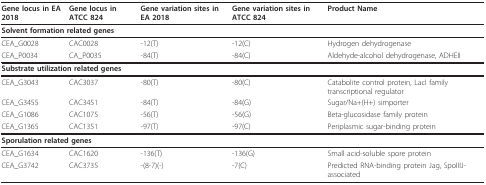
<table><thead><tr><td><b>Gene locus in EA 2018</b></td><td><b>Gene locus in ATCC 824</b></td><td><b>Gene variation sites in EA 2018</b></td><td><b>Gene variation sites in ATCC 824</b></td><td><b>Product Name</b></td></tr></thead><tbody><tr><td colspan="5"><b>Solvent formation related genes</b></td></tr><tr><td>CEA_G0028</td><td>CAC0028</td><td>-12(T)</td><td>-12(C)</td><td>Hydrogen dehydrogenase</td></tr><tr><td>CEA_P0034</td><td>CA_P0035</td><td>-84(T)</td><td>-84(C)</td><td>Aldehyde-alcohol dehydrogenase, ADHEII</td></tr><tr><td colspan="5"><b>Substrate utilization related genes</b></td></tr><tr><td>CEA_G3043</td><td>CAC3037</td><td>-80(T)</td><td>-80(C)</td><td>Catabolite control protein, LacI family transcriptional regulator</td></tr><tr><td>CEA_G3455</td><td>CAC3451</td><td>-84(T)</td><td>-84(G)</td><td>Sugar/Na+(H+) simporter</td></tr><tr><td>CEA_G1086</td><td>CAC1075</td><td>-56(T)</td><td>-56(G)</td><td>Beta-glucosidase family protein</td></tr><tr><td>CEA_G1365</td><td>CAC1351</td><td>-97(T)</td><td>-97(C)</td><td>Periplasmic sugar-binding protein</td></tr><tr><td colspan="5"><b>Sporulation related genes</b></td></tr><tr><td>CEA_G1634</td><td>CAC1620</td><td>-136(T)</td><td>-136(G)</td><td>Small acid-soluble spore protein</td></tr><tr><td>CEA_G3742</td><td>CAC3735</td><td>-(8-7)(-)</td><td>-7(C)</td><td>Predicted RNA-binding protein Jag, SpoIIIJ-associated</td></tr></tbody></table>